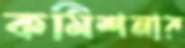
কমিশনার